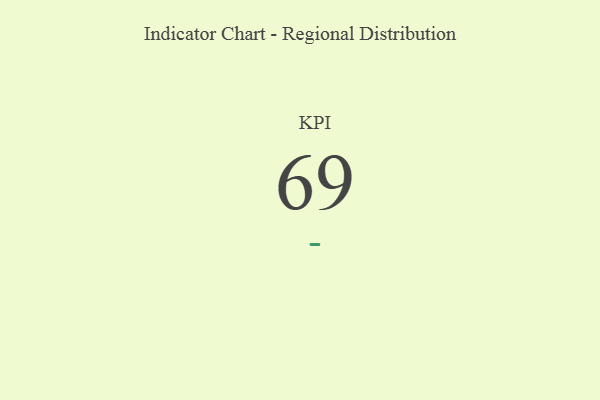
{"axis": {"x": "KPI", "y": "Value"}, "legend": [""], "data": [{"x": "KPI", "y": 69, "type": ""}]}